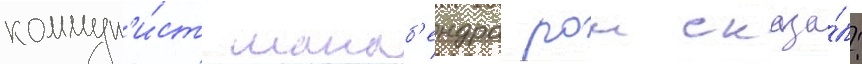
коммун'и́ст манаб'ендра рои сказа́л: